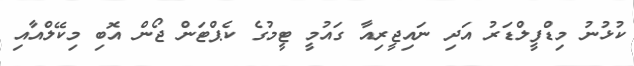
ކުޅުނު މިޑްފީލްޑަރު އަދި ނައިޖީރިއާ ގައުމީ ޓީމުގެ ކެޕްޓަން ޖޯން އޮބި މިކޭލްއާއި